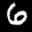
Label: 6